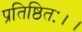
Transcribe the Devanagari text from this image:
प्रतिष्ठितः।।